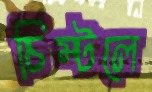
চিম্‌টলে